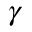
\gamma